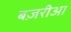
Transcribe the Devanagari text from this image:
बज़रीआ